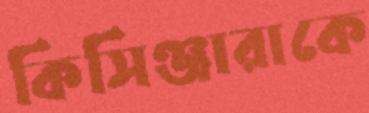
কিসিঞ্জারাকে